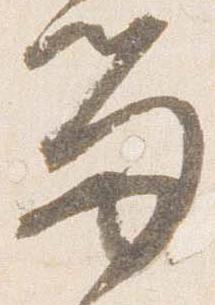
留